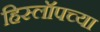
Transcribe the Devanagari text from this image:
हिस्लॉपच्या